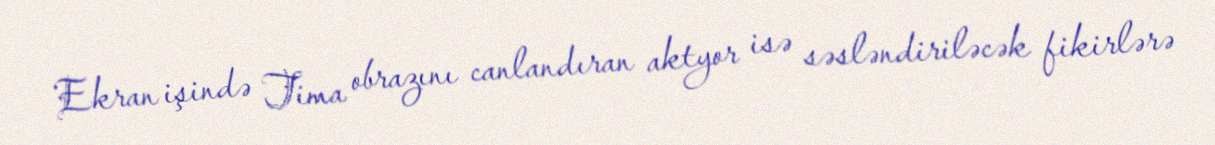
Ekran işində Tima obrazını canlandıran aktyor isə səsləndiriləcək fikirlərə